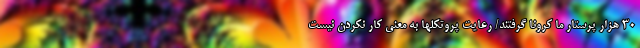
30 هزار پرستار ما کرونا گرفتند/ رعایت پروتکلها به معنی کار نکردن نیست